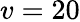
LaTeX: v=20